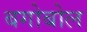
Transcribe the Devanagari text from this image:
बगोबोल